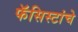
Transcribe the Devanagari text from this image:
फॅसिस्टांचे